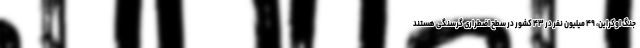
جنگ اوکراین، ۴۹ میلیون نفر در ۴۳ کشور در سطح اضطراری گرسنگی هستند